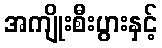
အကျိုးစီးပွားနှင့်